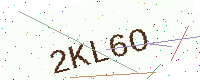
Text: 2KL6O